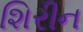
શિરીન